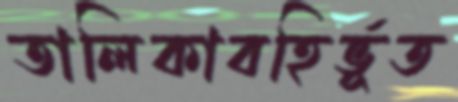
তালিকাবহির্ভূত